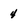
Character: 4